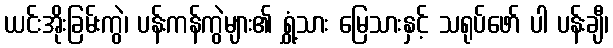
ယင်းအိုးခြမ်းကွဲ၊ ပန်းကန်ကွဲများ၏ ရွှံ့သား မြေသားနှင့် သရုပ်ဖော် ပါ ပန်းချီ၊